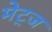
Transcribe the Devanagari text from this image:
मेट्ज